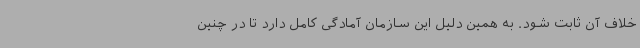
خلاف آن ثابت شود. به همین دلیل این سازمان آمادگی کامل دارد تا در چنین